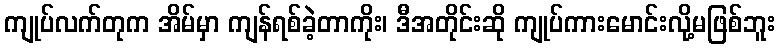
ကျုပ်လက်တုက အိမ်မှာ ကျန်ရစ်ခဲ့တာကိုး၊ ဒီအတိုင်းဆို ကျုပ်ကားမောင်းလို့မဖြစ်ဘူး